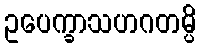
ဥပေက္ခာသဟဂတမ္ပိ